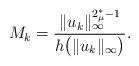
\begin{align*}M_k=\frac{\|u_k\|_{\infty}^{2_{\mu}^*-1}}{h\big(\|u_k\|_{\infty}\big)}.\end{align*}